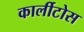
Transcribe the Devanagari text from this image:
कार्लीटोस